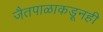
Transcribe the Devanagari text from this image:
जैतपाळाकडूनही